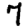
Digit: 7